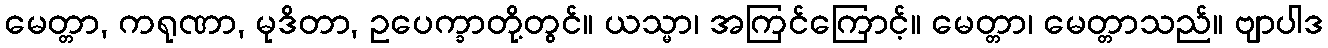
မေတ္တာ, ကရုဏာ, မုဒိတာ, ဥပေက္ခာတို့တွင်။ ယသ္မာ၊ အကြင်ကြောင့်။ မေတ္တာ၊ မေတ္တာသည်။ ဗျာပါဒ